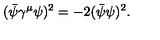
( \bar { \psi } \gamma ^ { \mu } \psi ) ^ { 2 } = - 2 ( \bar { \psi } \psi ) ^ { 2 } .